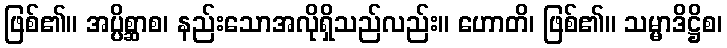
ဖြစ်၏။ အပ္ပိစ္ဆာစ၊ နည်းသောအလိုရှိသည်လည်း။ ဟောတိ၊ ဖြစ်၏။ သမ္မာဒိဋ္ဌိစ၊